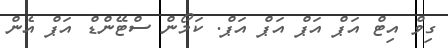
ގިވް އިޓް އަޕް އަޕް އަޕް އަޕް. ކަމޯން ސްޓޭންޑް އަޕް އެން